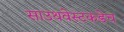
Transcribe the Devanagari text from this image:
साउथवेस्टकडेच